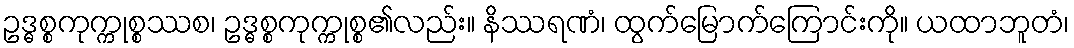
ဥဒ္ဓစ္စကုက္ကုစ္စဿစ၊ ဥဒ္ဓစ္စကုက္ကုစ္စ၏လည်း။ နိဿရဏံ၊ ထွက်မြောက်ကြောင်းကို။ ယထာဘူတံ၊